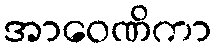
အာဝေဏိကာ